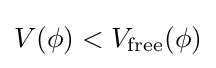
V(\phi )<V_{\text{free}}(\phi )